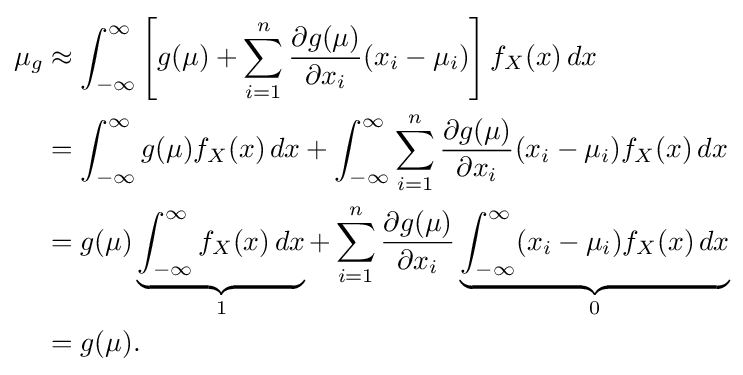
{\begin{aligned}\mu _{g}&\approx \int _{-\infty }^{\infty }\left[g(\mu )+\sum _{i=1}^{n}{\frac {\partial g(\mu )}{\partial x_{i}}}(x_{i}-\mu _{i})\right]f_{X}(x)\,dx\\&=\int _{-\infty }^{\infty }g(\mu )f_{X}(x)\,dx+\int _{-\infty }^{\infty }\sum _{i=1}^{n}{\frac {\partial g(\mu )}{\partial x_{i}}}(x_{i}-\mu _{i})f_{X}(x)\,dx\\&=g(\mu )\underbrace {\int _{-\infty }^{\infty }f_{X}(x)\,dx} _{1}+\sum _{i=1}^{n}{\frac {\partial g(\mu )}{\partial x_{i}}}\underbrace {\int _{-\infty }^{\infty }(x_{i}-\mu _{i})f_{X}(x)\,dx} _{0}\\&=g(\mu ).\end{aligned}}